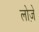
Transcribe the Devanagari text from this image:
लोज़े